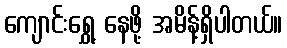
ကျောင်းရွှေ့ နေဖို့ အမိန့်ရှိပါတယ်။